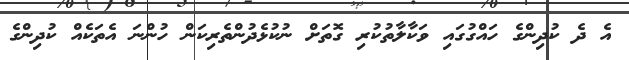
އެ ދެ ކުދިންގެ ހައްގުގައި ވަކާލާތުކުރި ގޮތަށް ނުކުޅެދުންތެރިކަން ހުންނަ އެތަކެއް ކުދިންގެ